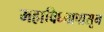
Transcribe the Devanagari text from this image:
महाविघ्नापासून